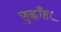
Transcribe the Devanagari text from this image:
फ़ुह्लाँहा